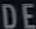
DE